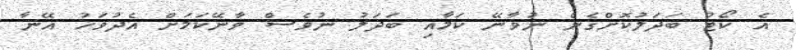
އެ ކޯޓު ބަދަލުކޮށްގެން ނުވާނޭ ކަމާއި ބަދަލު ނުވެސް ވާނޭކަމަށް އެދުވަހު އޭނާ